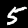
Label: 5